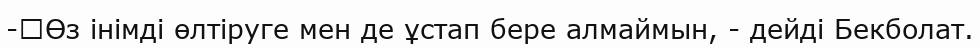
-	Өз інімді өлтіруге мен де ұстап бере алмаймын, - дейді Бекболат.